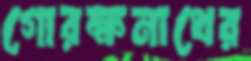
গোরক্ষনাথের